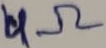
Text: 4Ω